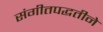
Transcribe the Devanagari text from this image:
संगीतपद्धतीने